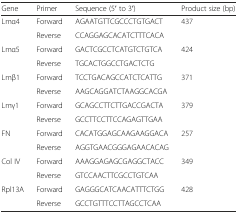
| Gene | Primer | Sequence (5′ to 3′) | Product size (bp) |
 | --- | --- | --- | --- |
 | <ROWSPAN=2> Lmα4 | Forward | AGAATGTTCGCCCTGTGACT | <ROWSPAN=2> 437 |
 | Reverse | CCAGGAGCACATCTTTCACA |
 | <ROWSPAN=2> Lmα5 | Forward | GACTCGCCTCATGTCTGTCA | <ROWSPAN=2> 424 |
 | Reverse | TGCACTGGCCTGACTCTG |
 | <ROWSPAN=2> Lmβ1 | Forward | TCCTGACAGCCATCTCATTG | <ROWSPAN=2> 371 |
 | Reverse | AAGCAGGATCTAAGGCACGA |
 | <ROWSPAN=2> Lmγ1 | Forward | GCAGCCTTCTTGACCGACTA | <ROWSPAN=2> 379 |
 | Reverse | GCCTTCCTTCCAGAGTTGAA |
 | <ROWSPAN=2> FN | Forward | CACATGGAGCAAGAAGGACA | <ROWSPAN=2> 257 |
 | Reverse | AGGTGAACGGGAGAACACAG |
 | <ROWSPAN=2> Col IV | Forward | AAAGGAGAGCGAGGCTACC | <ROWSPAN=2> 349 |
 | Reverse | GTCCAACTTCGCCTGTCAA |
 | <ROWSPAN=2> Rpl13A | Forward | GAGGGCATCAACATTTCTGG | <ROWSPAN=2> 428 |
 | Reverse | GCCTGTTTCCTTAGCCTCAA |